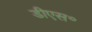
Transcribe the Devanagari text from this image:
डीएस॰